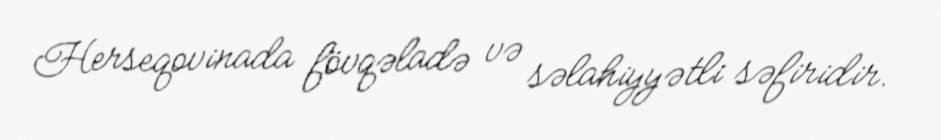
Herseqovinada fövqəladə və səlahiyyətli səfiridir.